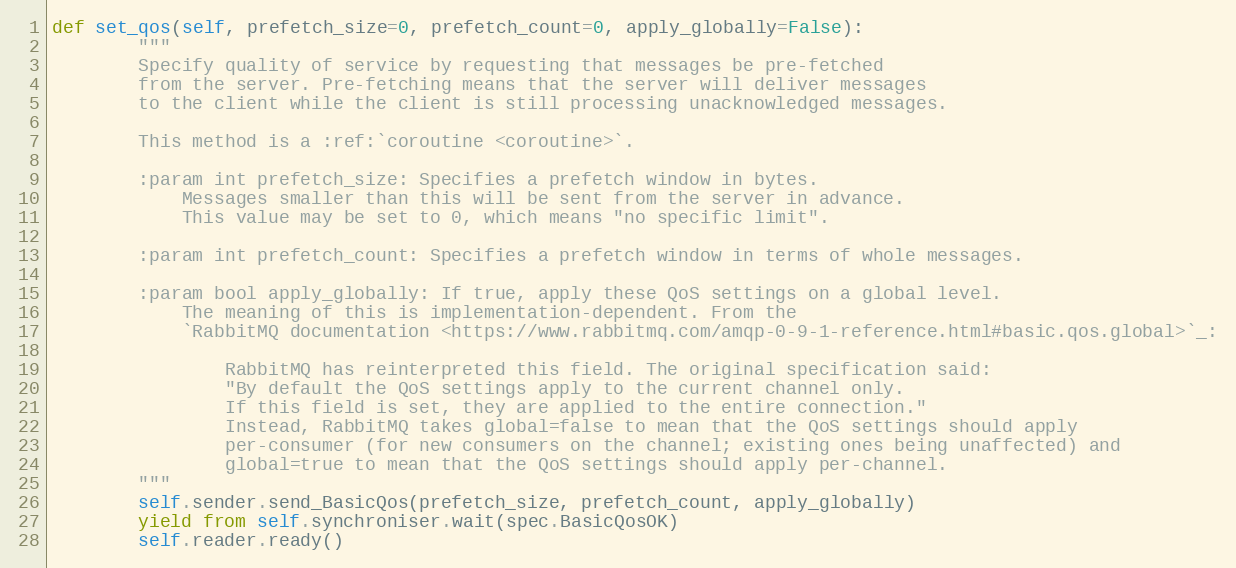
Language: Python
def set_qos(self, prefetch_size=0, prefetch_count=0, apply_globally=False):
        """
        Specify quality of service by requesting that messages be pre-fetched
        from the server. Pre-fetching means that the server will deliver messages
        to the client while the client is still processing unacknowledged messages.

        This method is a :ref:`coroutine <coroutine>`.

        :param int prefetch_size: Specifies a prefetch window in bytes.
            Messages smaller than this will be sent from the server in advance.
            This value may be set to 0, which means "no specific limit".

        :param int prefetch_count: Specifies a prefetch window in terms of whole messages.

        :param bool apply_globally: If true, apply these QoS settings on a global level.
            The meaning of this is implementation-dependent. From the
            `RabbitMQ documentation <https://www.rabbitmq.com/amqp-0-9-1-reference.html#basic.qos.global>`_:

                RabbitMQ has reinterpreted this field. The original specification said:
                "By default the QoS settings apply to the current channel only.
                If this field is set, they are applied to the entire connection."
                Instead, RabbitMQ takes global=false to mean that the QoS settings should apply
                per-consumer (for new consumers on the channel; existing ones being unaffected) and
                global=true to mean that the QoS settings should apply per-channel.
        """
        self.sender.send_BasicQos(prefetch_size, prefetch_count, apply_globally)
        yield from self.synchroniser.wait(spec.BasicQosOK)
        self.reader.ready()